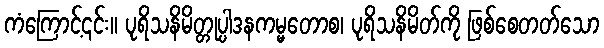
ကံကြောင့်၎င်း။ ပုရိသနိမိတ္တုပ္ပါဒနကမ္မတောစ၊ ပုရိသနိမိတ်ကို ဖြစ်စေတတ်သော